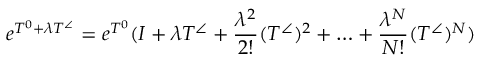
e ^ { T ^ { 0 } + \lambda T ^ { \angle } } = e ^ { T ^ { 0 } } ( I + \lambda T ^ { \angle } + \frac { \lambda ^ { 2 } } { 2 ! } ( T ^ { \angle } ) ^ { 2 } + \ldots + \frac { \lambda ^ { N } } { N ! } ( T ^ { \angle } ) ^ { N } )